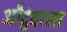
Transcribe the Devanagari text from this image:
औदुंबरला